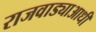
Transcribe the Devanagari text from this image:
राजवाड्याआधी